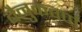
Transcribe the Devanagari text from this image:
बैनुकवर्ण